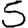
Digit: 5